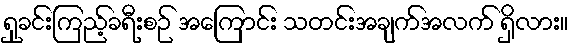
ရှုခင်းကြည့်ခရီးစဉ် အကြောင်း သတင်းအချက်အလက် ရှိလား။